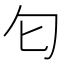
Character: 匂